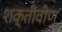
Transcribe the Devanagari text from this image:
शक्तीवीण